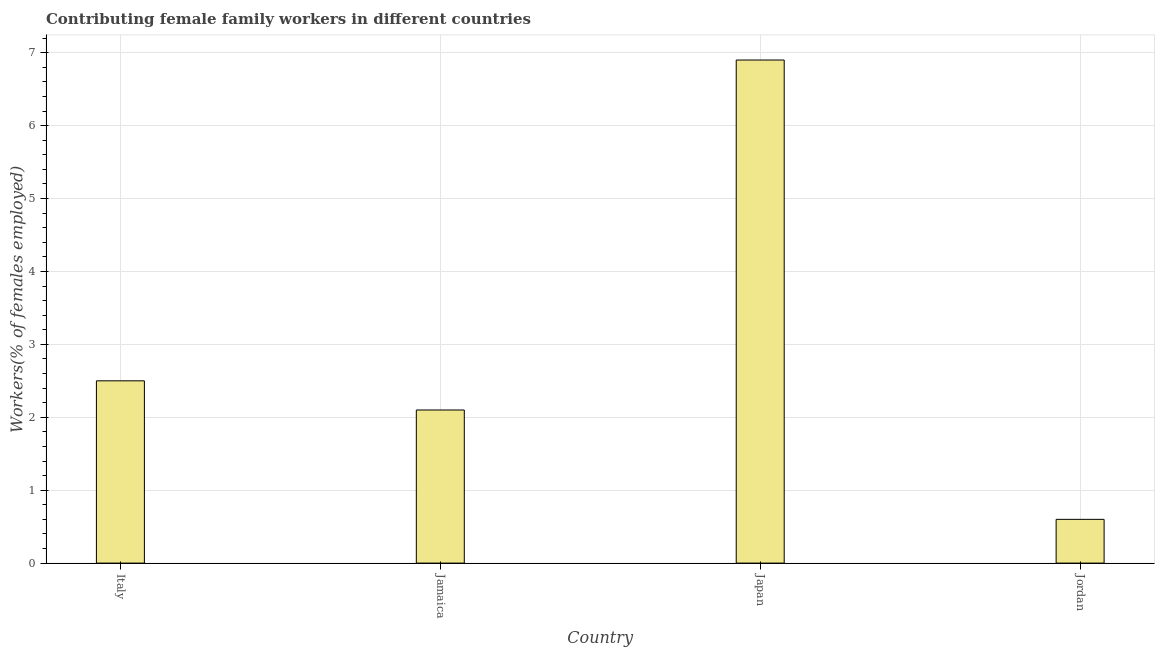
| Country | Contributing family workers |
 | --- | --- |
 | Italy | 2.5 |
 | Jamaica | 2.1 |
 | Japan | 6.9 |
 | Jordan | 0.6 |